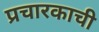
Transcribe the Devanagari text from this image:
प्रचारकाची